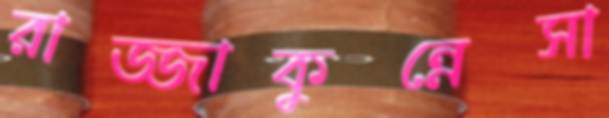
রাজ্জাকুন্নেসা